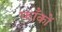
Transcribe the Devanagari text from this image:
फाँकों